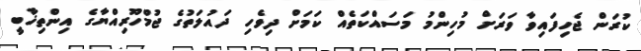
ކުރަން ޖެހިފައިވާ ވަރަށް މުހިންމު މަސައްކަތެއް ކަމަށް ދިވެހި ދައުލަތުގެ ޖުމްހޫރިއްޔާގެ އިންތިޚާބީ